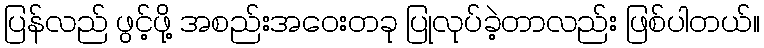
ပြန်လည် ဖွင့်ဖို့ အစည်းအဝေးတခု ပြုလုပ်ခဲ့တာလည်း ဖြစ်ပါတယ်။